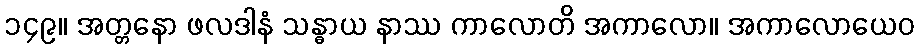
၁၄၉။ အတ္တနော ဖလဒါနံ သန္ဓာယ နာဿ ကာလောတိ အကာလော။ အကာလောယေဝ